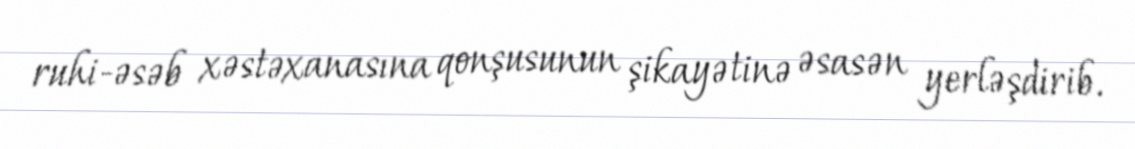
ruhi-əsəb xəstəxanasına qonşusunun şikayətinə əsasən yerləşdirib.